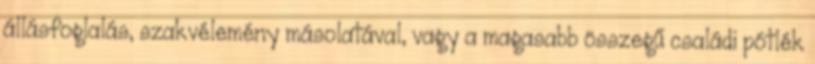
állásfoglalás, szakvélemény másolatával, vagy a magasabb összegű családi pótlék